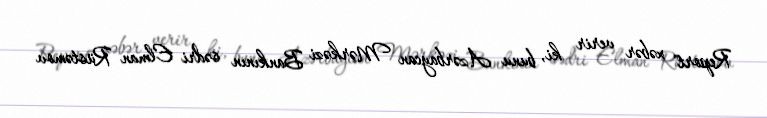
Report" xəbər verir ki, bunu Azərbaycan Mərkəzi Bankının sədri Elman Rüstəmov